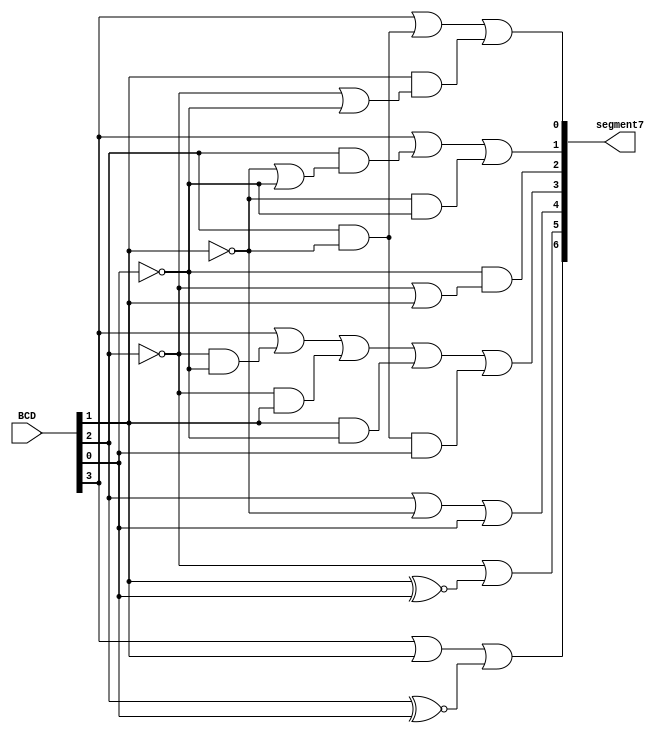
`timescale 1ns / 1ps

module BCD_to_7segment(
    input [3:0]BCD, 
    output [6:0]segment7
    );
    
    wire a,b,c,d,e,f,g;
    
    assign a = BCD[3] | BCD[1] | (BCD[2]~^BCD[0]);
    
    assign b = (~BCD[2])| (BCD[1]~^BCD[0]);
    
    assign c = BCD[2] | (~BCD[1]) | (BCD[0]);
    
    assign d = BCD[3] | ((~BCD[2])&(~BCD[0])) | ((~BCD[2])&BCD[1]) | (BCD[1]&(~BCD[0])) | (BCD[2]&(~BCD[1])&BCD[0]);
    
    assign e = ~BCD[0]&(~BCD[2]|BCD[1]);
    
    assign f = BCD[3] | (BCD[2]&(~BCD[1]|~BCD[0])) | ((~BCD[1])&(~BCD[0]));
    
    assign g = BCD[3] | (BCD[2]&(~BCD[1])) | (BCD[1]&(~BCD[2]|~BCD[0]));
    
    assign segment7= {a,b,c,d,e,f,g};

endmodule